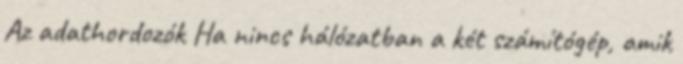
Az adathordozók Ha nincs hálózatban a két számítógép, amik